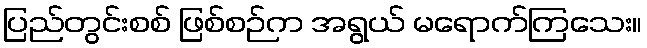
ပြည်တွင်းစစ် ဖြစ်စဉ်က အရွယ် မရောက်ကြသေး။